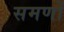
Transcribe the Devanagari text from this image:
समणों